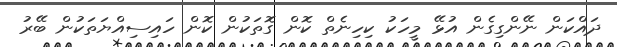
ދައްކަން ނޭންގިގެން އުޅޭ މީހަކު ކިހިނެތް ކޮން ގޮތަކުން ކޮން ހައިސިއްޔަތަކުން ބޭރު